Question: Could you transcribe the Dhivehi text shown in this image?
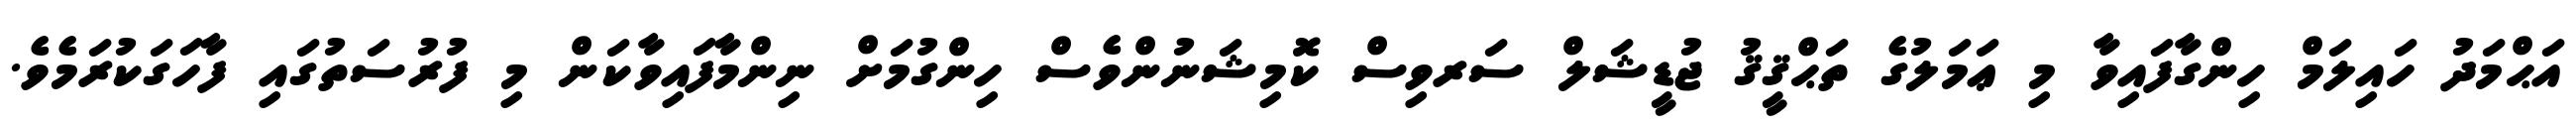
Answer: އަޙްމަދު ހައިލަމް ހިންގާފައިވާ މި ޢަމަލުގެ ތަޙްޤީޤު ޖުޑީޝަލް ސަރވިސް ކޮމިޝަނުންވެސް ހިންގުމަށް ނިންމާފައިވާކަން މި ފުރުސަތުގައި ފާހަގަކުރަމެވެ.